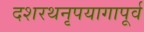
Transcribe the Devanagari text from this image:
दशरथनृपयागापूर्व